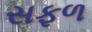
સફળ